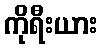
ကိုရီးယား